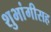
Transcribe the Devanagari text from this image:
शुभांगीसह